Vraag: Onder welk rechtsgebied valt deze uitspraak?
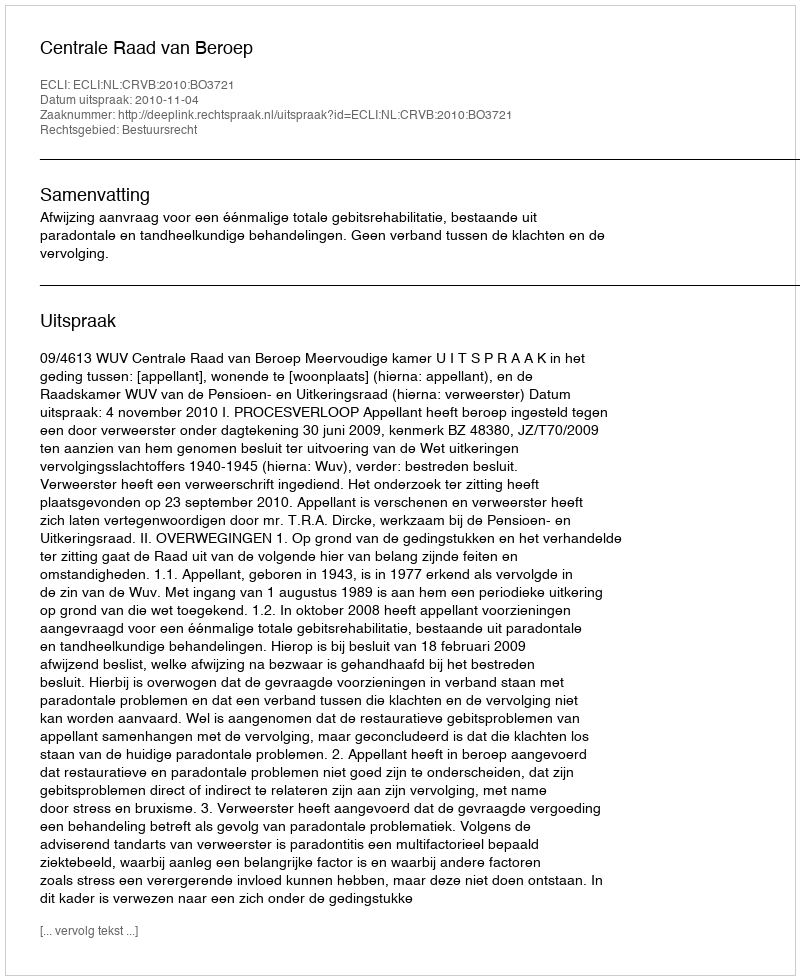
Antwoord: Bestuursrecht